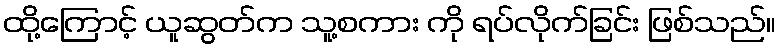
ထို့ကြောင့် ယူဆွတ်က သူ့စကား ကို ရပ်လိုက်ခြင်း ဖြစ်သည်။